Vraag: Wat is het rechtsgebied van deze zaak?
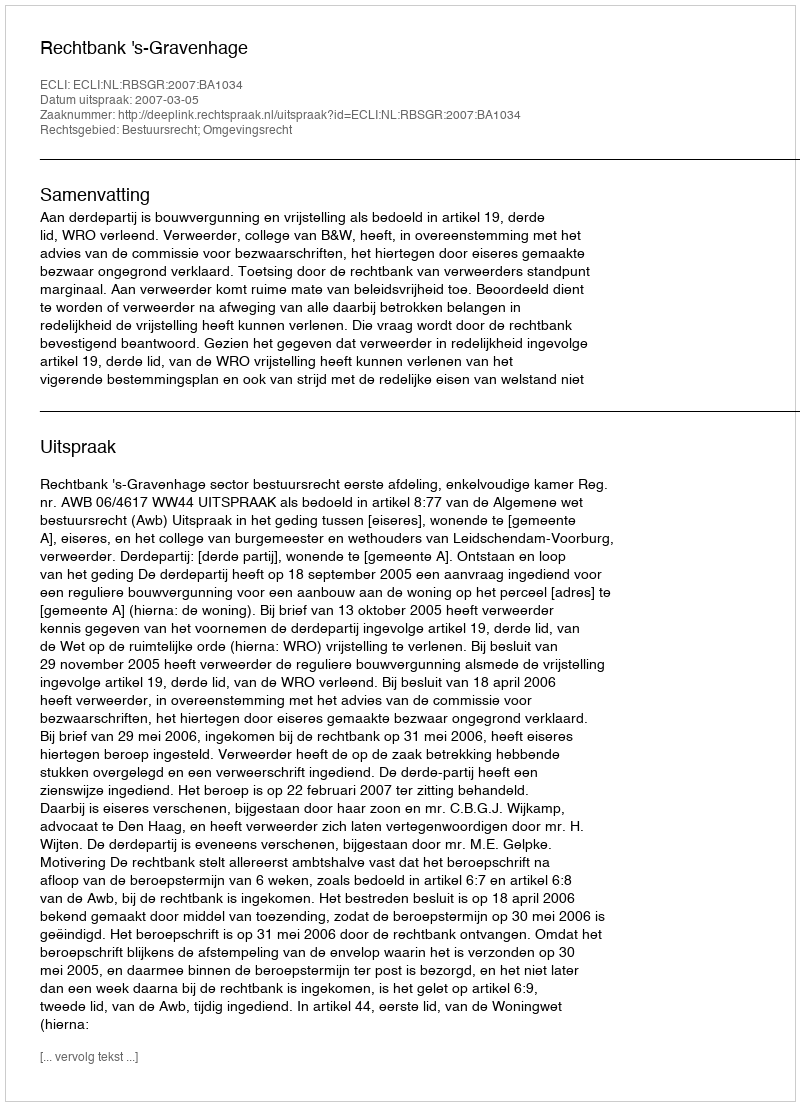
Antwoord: Bestuursrecht; Omgevingsrecht